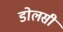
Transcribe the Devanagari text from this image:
डोलसी